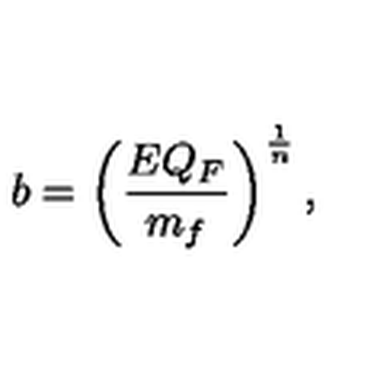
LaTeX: b = \left( { \frac { E Q _ { F } } { m _ { f } } } \right) ^ { \frac { 1 } { n } } ,